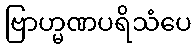
ဗြာဟ္မဏပရိသံပေ